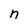
Character: n